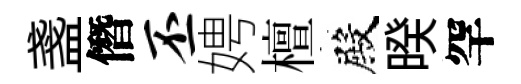
盞僭丕娉檀殿暌罕